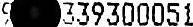
9 339300051